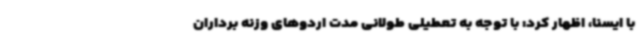
با ایسنا، اظهار کرد: با توجه به تعطیلی طولانی مدت اردوهای وزنه برداران